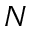
N